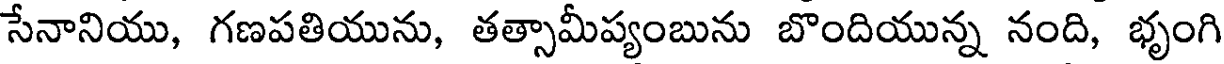
సేనానియు, గణపతియును, తత్సామీప్యంబును బొందియున్న నంది, భృంగి